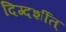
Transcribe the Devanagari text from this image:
दिग्दर्शीत्